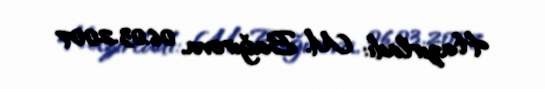
Hazırladı: M. Bağırova, 06.03.2007